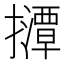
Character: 𫾘